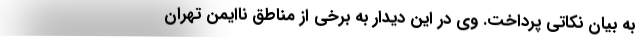
به بیان نکاتی پرداخت. وی در این دیدار به برخی از مناطق ناایمن تهران